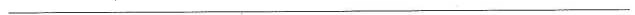
___